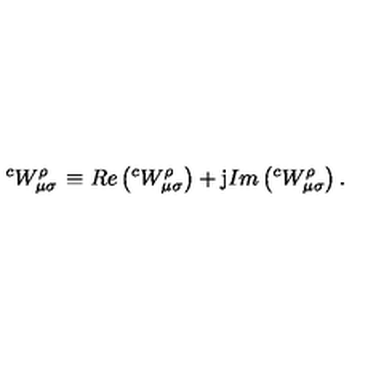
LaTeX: \left. ^ { c } W _ { \mu \sigma } ^ { \rho } \right. \equiv R e \left( ^ { c } W _ { \mu \sigma } ^ { \rho } \right) + \mathrm { j } I m \left( ^ { c } W _ { \mu \sigma } ^ { \rho } \right) .